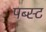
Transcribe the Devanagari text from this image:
पब्स्ट